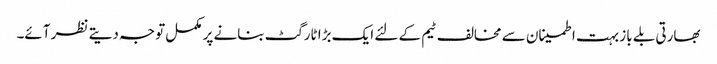
بھارتی بلے باز بہت اطمینان سے مخالف ٹیم کے لئے ایک بڑا ٹارگٹ بنانے پر مکمل توجہ دیتے نظر آئے۔